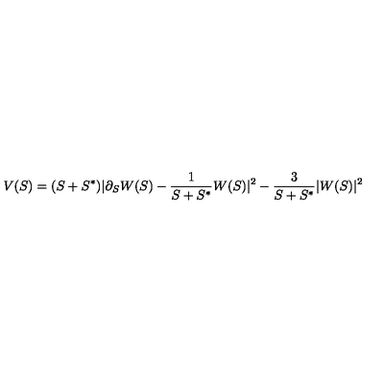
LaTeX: V ( S ) = ( S + S ^ { * } ) | \partial _ { S } W ( S ) - \frac { 1 } { S + S ^ { * } } W ( S ) | ^ { 2 } - \frac { 3 } { S + S ^ { * } } | W ( S ) | ^ { 2 }